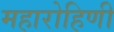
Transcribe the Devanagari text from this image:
महारोहिणी